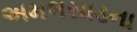
અમલસાડના